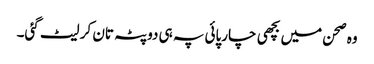
وہ صحن میں بچھی چارپائی پہ ہی دوپٹہ تان کر لیٹ گئی۔